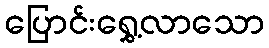
ပြောင်းရွှေ့လာသော